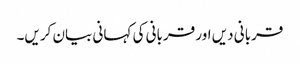
قربانی دیں اور قربانی کی کہانی بیان کریں۔